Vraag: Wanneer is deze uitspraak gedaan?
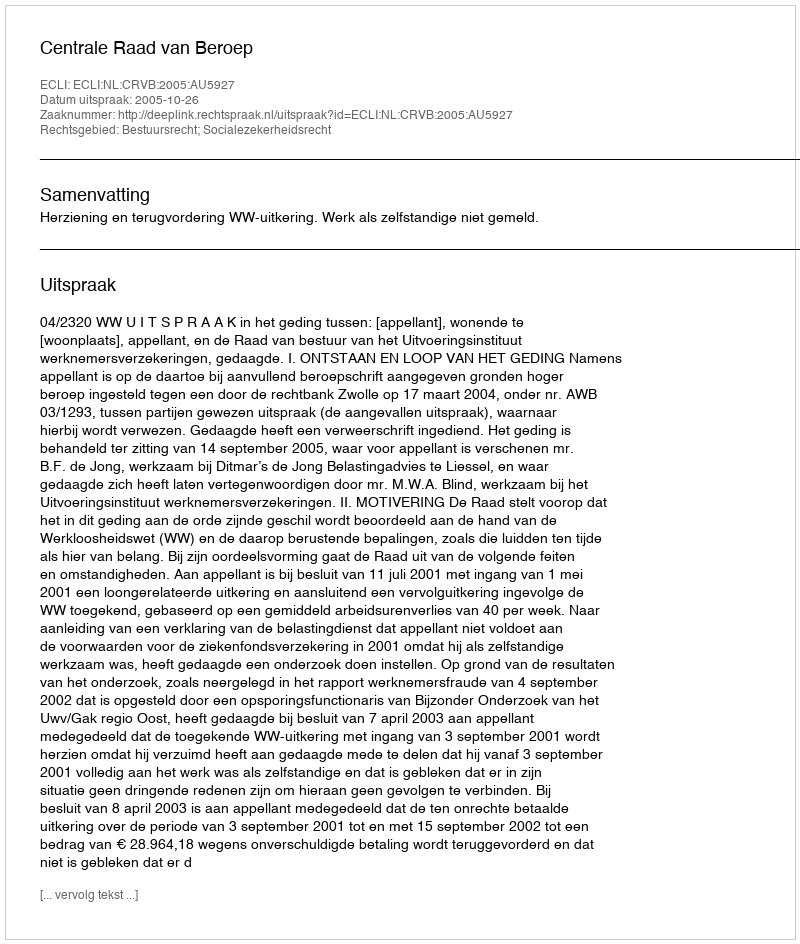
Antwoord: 2005-10-26